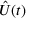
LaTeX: { \hat { U } } ( t )